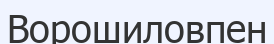
Ворошиловпен